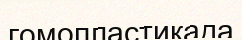
гомопластикада